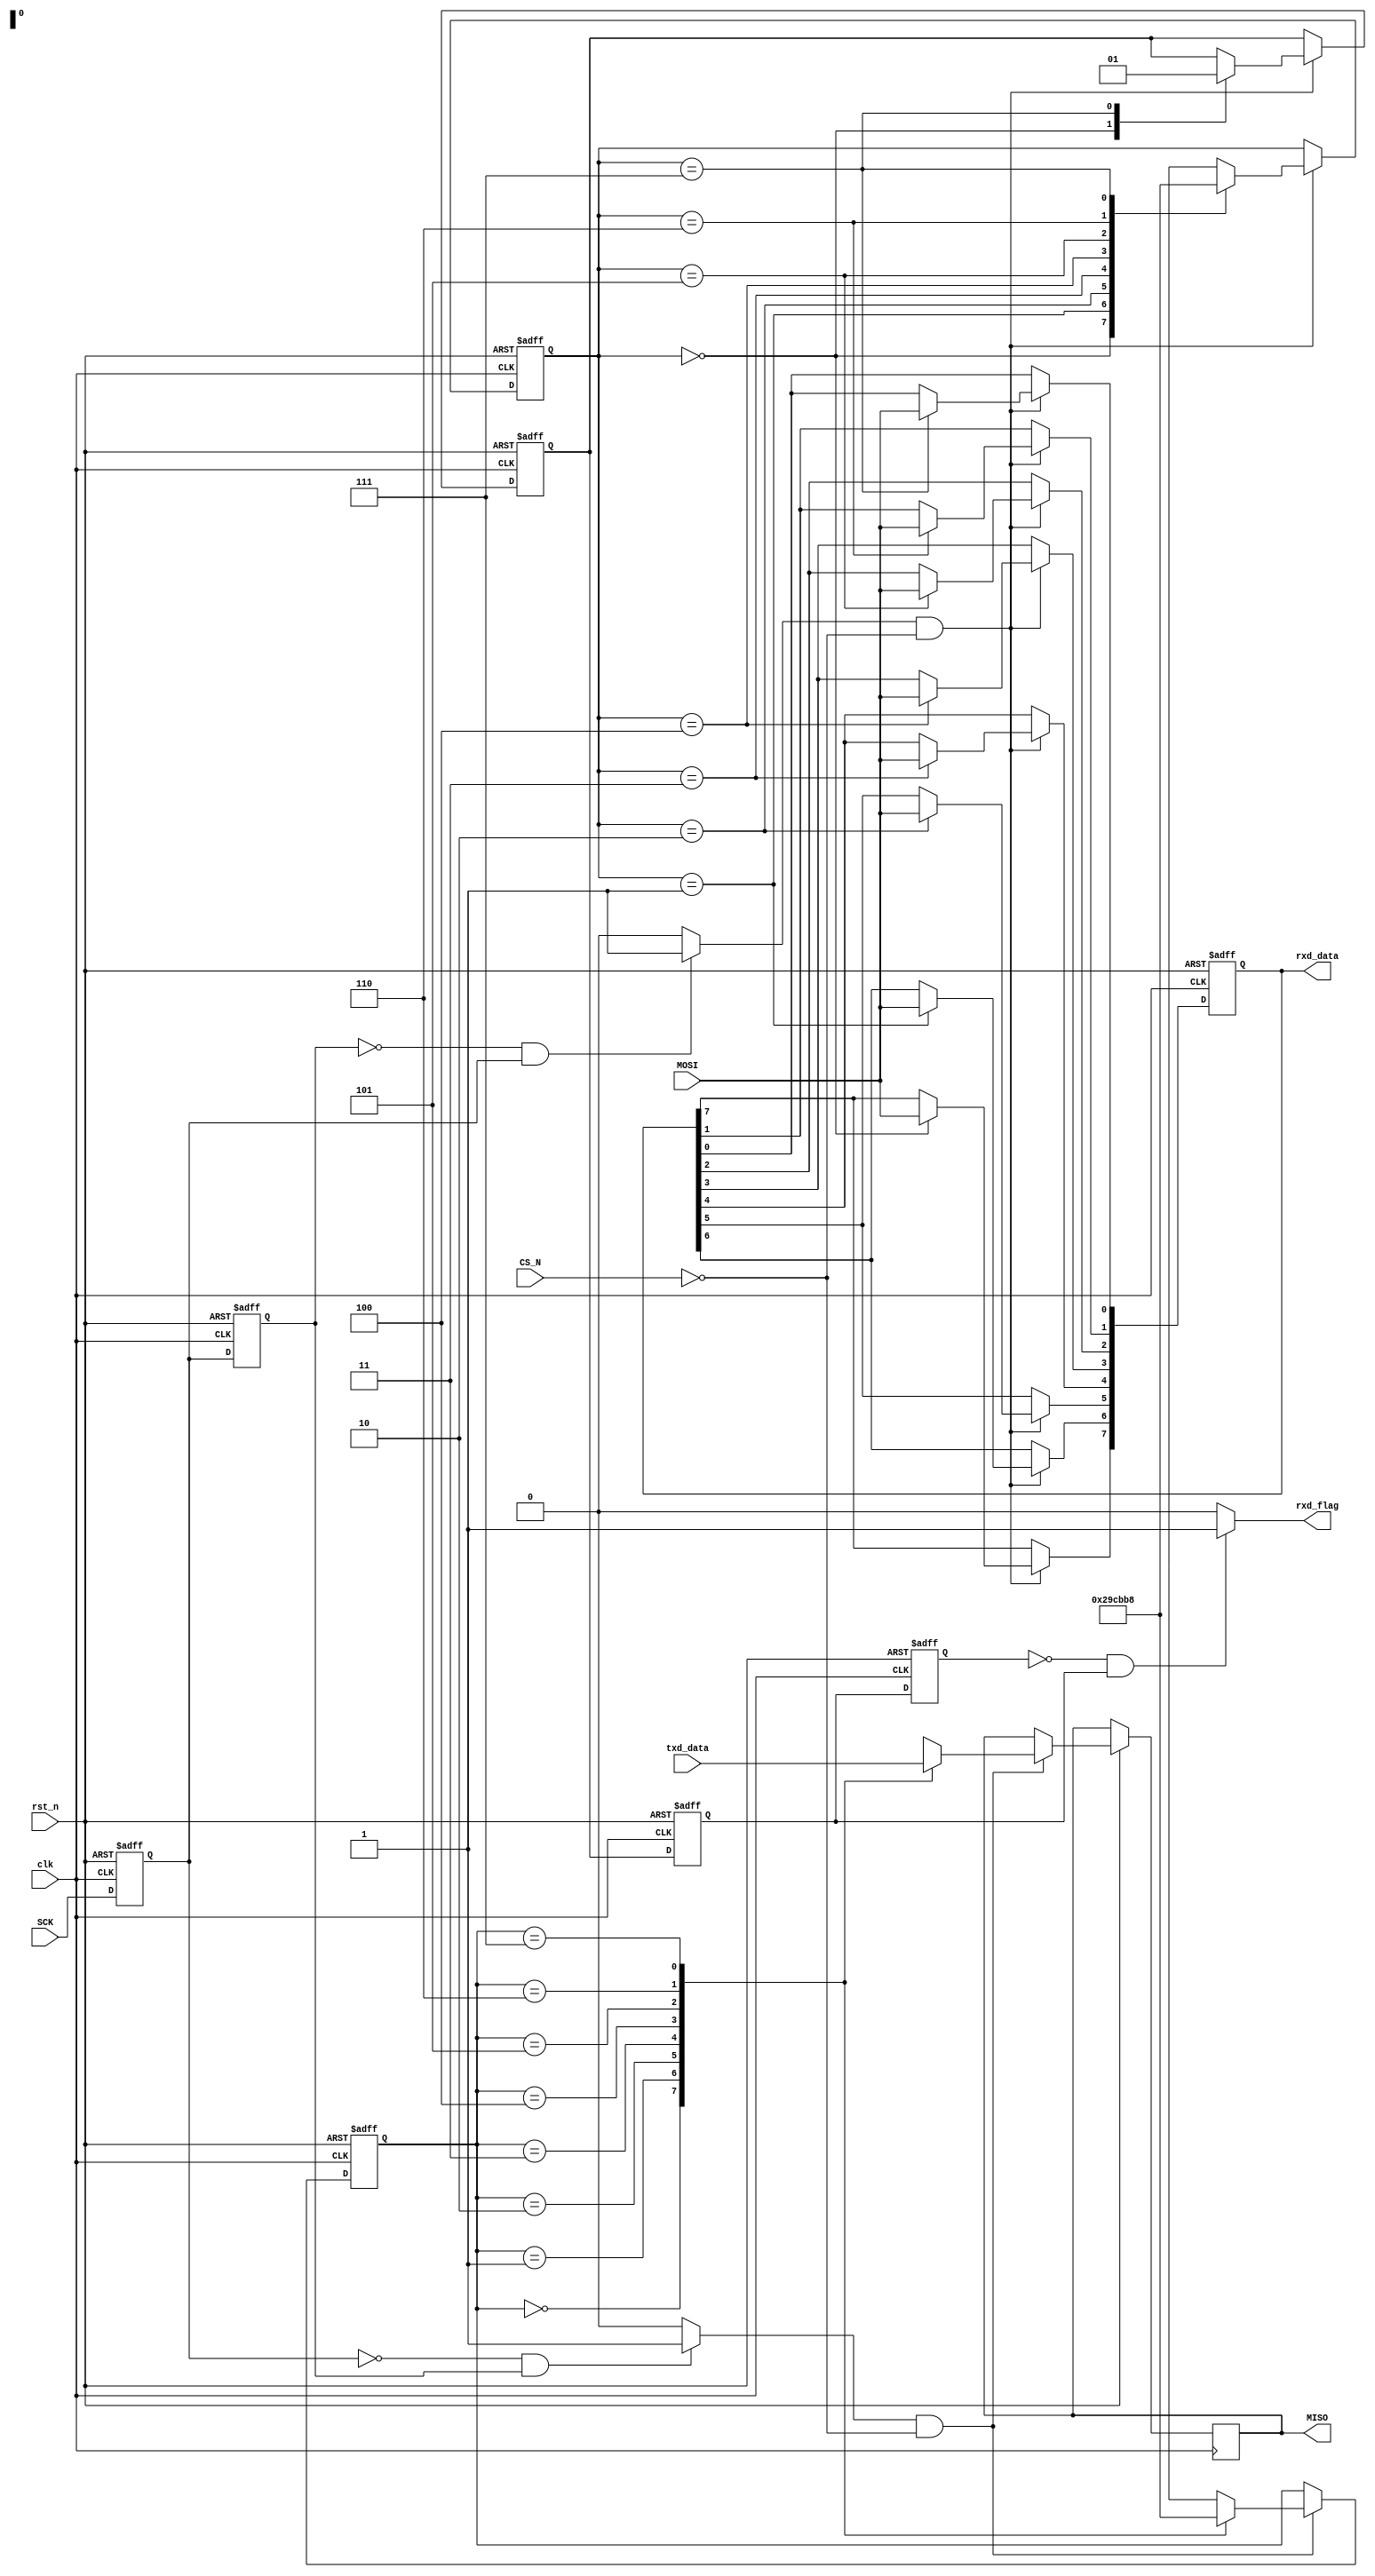
module spi_slave
(
	input wire			clk,
	input wire			rst_n,
	input wire			CS_N,
	input wire			SCK,
	input wire[7:0] 	txd_data,
	input wire			MOSI,
	output reg 			MISO,
	output reg[7:0] 	rxd_data,
	output 				rxd_flag 
);


/*--------------------------sck----------------------------*/
 
reg sck_r0,sck_r1;
wire sck_n,sck_p;

always@(posedge clk or negedge rst_n)
begin
    if(!rst_n)
        begin
            sck_r0 <= 1'b1;   
            sck_r1 <= 1'b1;
        end
    else
        begin
            sck_r0 <= SCK;
            sck_r1 <= sck_r0;
        end
end

assign sck_n = (~sck_r0 & sck_r1)? 1'b1:1'b0;   //
assign sck_p = (~sck_r1 & sck_r0)? 1'b1:1'b0;   //


/*------------------------------spi----------------------------------*/

reg rxd_flag_r;
reg [2:0] rxd_state;

always@(posedge clk or negedge rst_n)
begin
    if(!rst_n)
        begin
            rxd_data <= 1'b0;
            rxd_flag_r <= 1'b0;
            rxd_state <= 3'd0;
        end
    else if(sck_p && !CS_N)   
        begin
            case(rxd_state)
                3'd0:begin
                        rxd_data[7] <= MOSI;
                        rxd_flag_r <= 1'b0;  
                        rxd_state <= 3'd1;
                      end
                3'd1:begin
                        rxd_data[6] <= MOSI;
                        rxd_state <= 3'd2;
                      end
                3'd2:begin
                        rxd_data[5] <= MOSI;
                        rxd_state <= 3'd3;
                      end
                3'd3:begin
                        rxd_data[4] <= MOSI;
                        rxd_state <= 3'd4;
                      end
                3'd4:begin
                        rxd_data[3] <= MOSI;
                        rxd_state <= 3'd5;
                      end
                3'd5:begin
                        rxd_data[2] <= MOSI;
                        rxd_state <= 3'd6;
                      end
                3'd6:begin
                        rxd_data[1] <= MOSI;
                        rxd_state <= 3'd7;
                      end
                3'd7:begin
                        rxd_data[0] <= MOSI;
                        rxd_flag_r <= 1'b1;  
                        rxd_state <= 3'd0;
                      end
                default: ;
            endcase
        end
end


/*-----------------------------------------------------------*/

reg rxd_flag_r0,rxd_flag_r1;

always@(posedge clk or negedge rst_n)
begin
    if(!rst_n)
        begin
            rxd_flag_r0 <= 1'b0;
            rxd_flag_r1 <= 1'b0;
        end
    else
        begin
            rxd_flag_r0 <= rxd_flag_r;
            rxd_flag_r1 <= rxd_flag_r0;
        end
end

assign rxd_flag = (~rxd_flag_r1 & rxd_flag_r0)? 1'b1:1'b0;   


/*------------------------------spi--------------------------------*/

reg [2:0] txd_state;

always@(posedge clk or negedge rst_n)
begin
    if(!rst_n)
        begin
            txd_state <= 3'd0;
        end
    else if(sck_n && !CS_N)
        begin
            case(txd_state)
                3'd0:begin
                        MISO <= txd_data[7];
                        txd_state <= 3'd1;
                      end
                3'd1:begin
                        MISO <= txd_data[6];
                        txd_state <= 3'd2;
                      end
                3'd2:begin
                        MISO <= txd_data[5];
                        txd_state <= 3'd3;
                      end
                3'd3:begin
                        MISO <= txd_data[4];
                        txd_state <= 3'd4;
                      end
                3'd4:begin
                        MISO <= txd_data[3];
                        txd_state <= 3'd5;
                      end
                3'd5:begin
                        MISO <= txd_data[2];
                        txd_state <= 3'd6;
                      end
                3'd6:begin
                        MISO <= txd_data[1];
                        txd_state <= 3'd7;
                      end
                3'd7:begin
                        MISO <= txd_data[0];
                        txd_state <= 3'd0;
                      end
                default: ;
            endcase
        end
end

endmodule